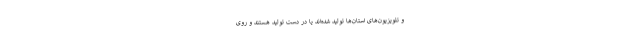
و تلویزیون‌های استان‌ها تولید شده‌اند یا در دست تولید هستند و روی